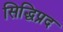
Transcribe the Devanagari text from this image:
सिद्धिप्रद